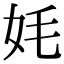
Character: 㚪